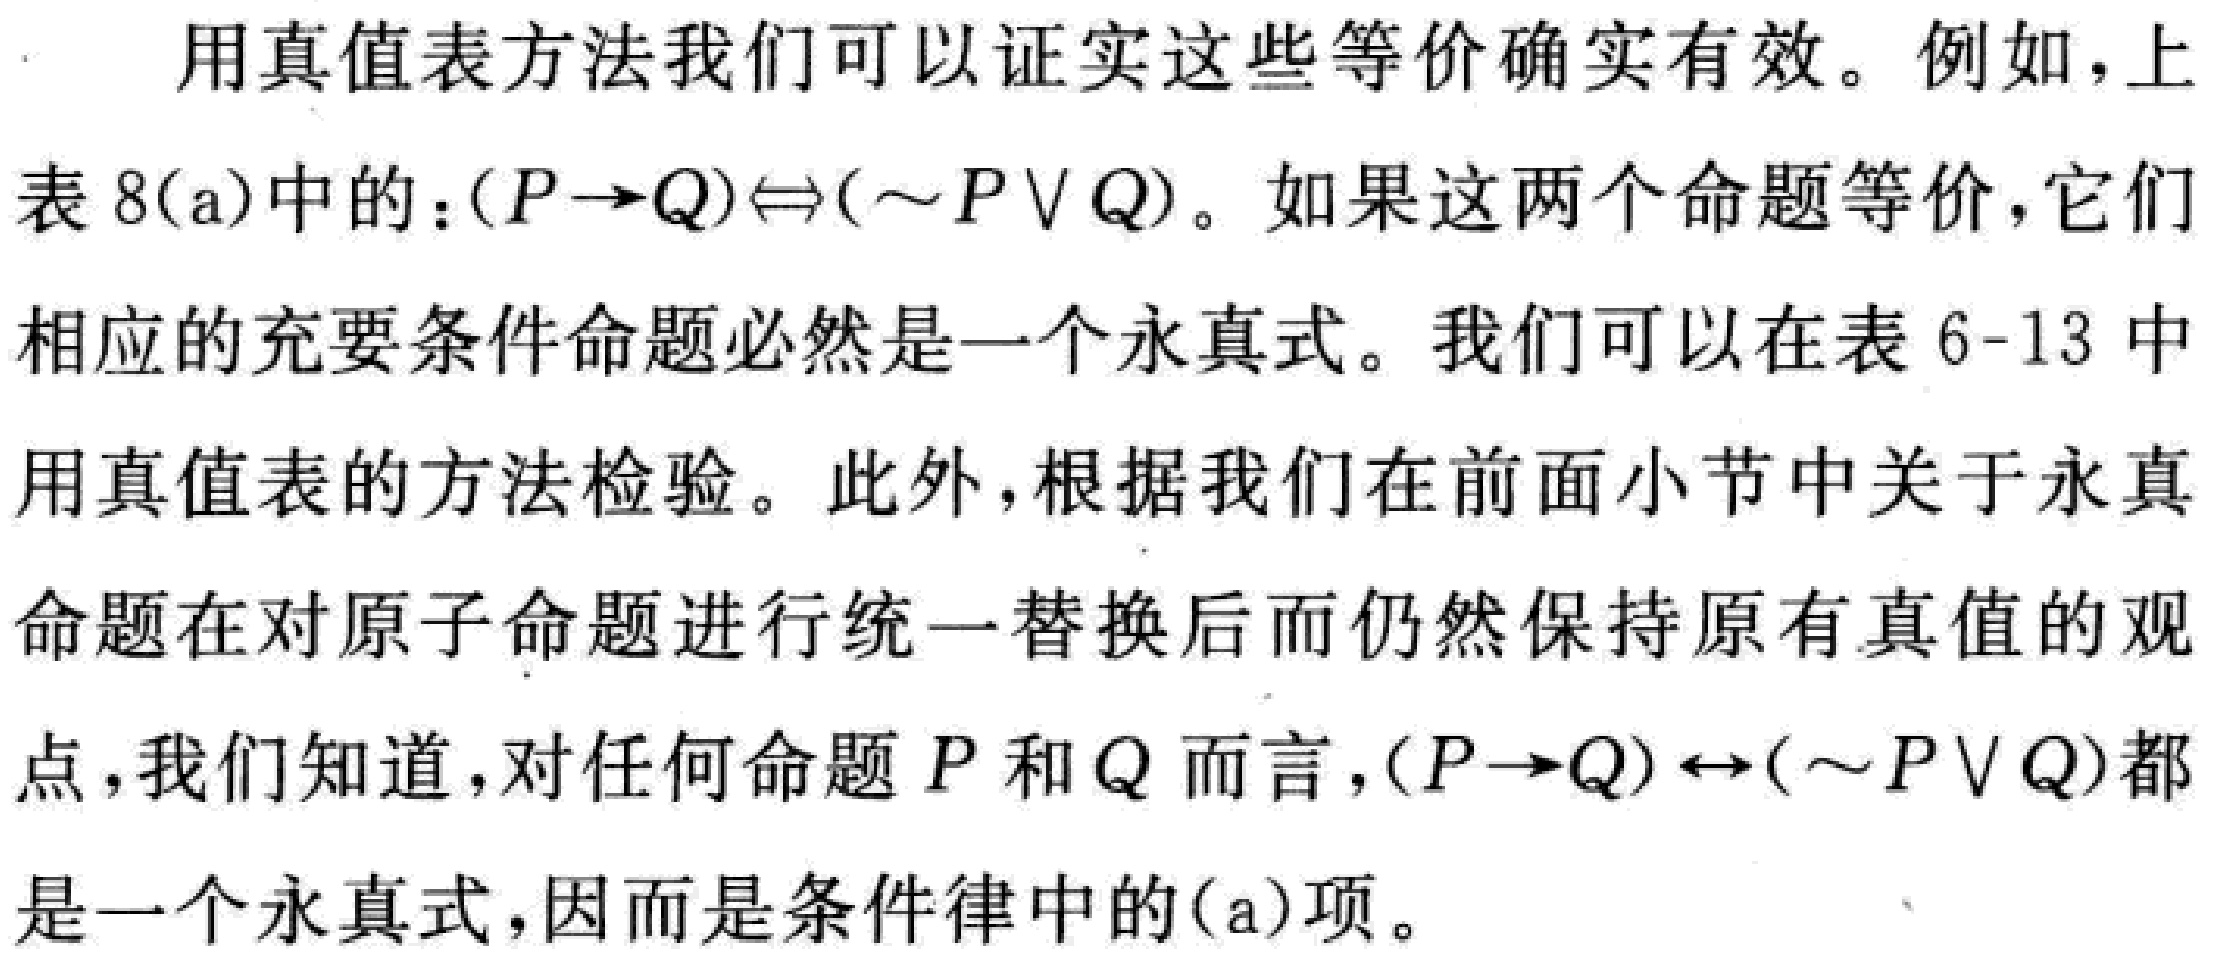
用真值表方法我们可以证实这些等价确实有效。例如，上表8(a)中的：\((P\rightarrow Q)\Leftrightarrow(\sim P\vee Q)\)。如果这两个命题等价，它们相应的充要条件命题必然是一个永真式。我们可以在表6-13中用真值表的方法检验。此外，根据我们在前面小节中关于永真命题在对原子命题进行统一替换后而仍然保持原有真值的观点，我们知道，对任何命题\(P\)和\(Q\)而言，\((P\rightarrow Q)\leftrightarrow(\sim P\vee Q)\)都是一个永真式，因而是条件律中的(a)项。